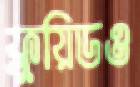
ফ্লুয়িডও